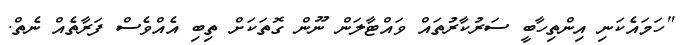
"ހަމައެކަނި އިންތިހާބީ ސަރުކާރުތައް ވައްޓާލަން ނޫން ގޮތަކަށް ތިބި އެއްވެސް ފަރާތެއް ނެތް.